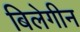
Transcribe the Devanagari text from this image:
बिलेगीन